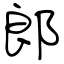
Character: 郎